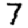
Digit: 7